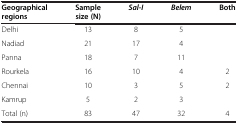
<table><thead><tr><td><b>Geographical regions</b></td><td><b>Sample size (N)</b></td><td><b><i>Sal-I</i></b></td><td><b><i>Belem</i></b></td><td><b>Both</b></td></tr></thead><tbody><tr><td>Delhi</td><td>13</td><td>8</td><td>5</td><td> </td></tr><tr><td>Nadiad</td><td>21</td><td>17</td><td>4</td><td> </td></tr><tr><td>Panna</td><td>18</td><td>7</td><td>11</td><td> </td></tr><tr><td>Rourkela</td><td>16</td><td>10</td><td>4</td><td>2</td></tr><tr><td>Chennai</td><td>10</td><td>3</td><td>5</td><td>2</td></tr><tr><td>Kamrup</td><td>5</td><td>2</td><td>3</td><td> </td></tr><tr><td>Total (n)</td><td>83</td><td>47</td><td>32</td><td>4</td></tr></tbody></table>